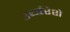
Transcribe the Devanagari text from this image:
उर्ध्वरेशे